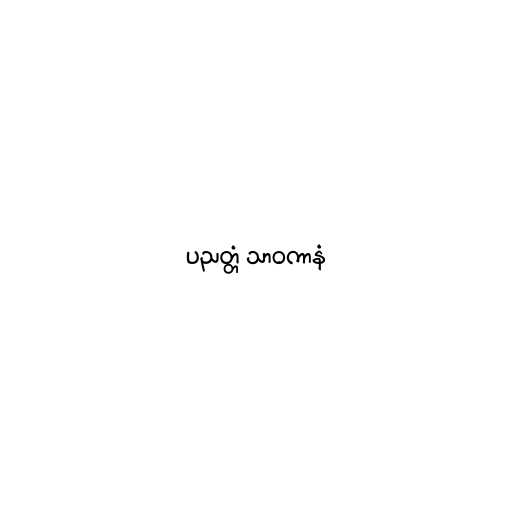
ပညတ္တံ သာဝကာနံ